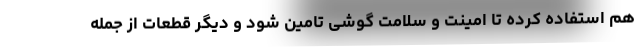
هم استفاده کرده تا امینت و سلامت گوشی تامین شود و دیگر قطعات از جمله